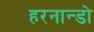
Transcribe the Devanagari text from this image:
हरनान्डो